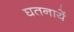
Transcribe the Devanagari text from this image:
घतनायें